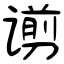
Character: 谫